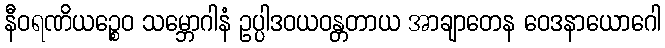
နီဝရဏိယဉ္စေဝ သမ္ဘောဂါနံ ဥပ္ပါဒဝယဝန္တတာယ အာချာတေန ဝေဒနာယောဂေါ